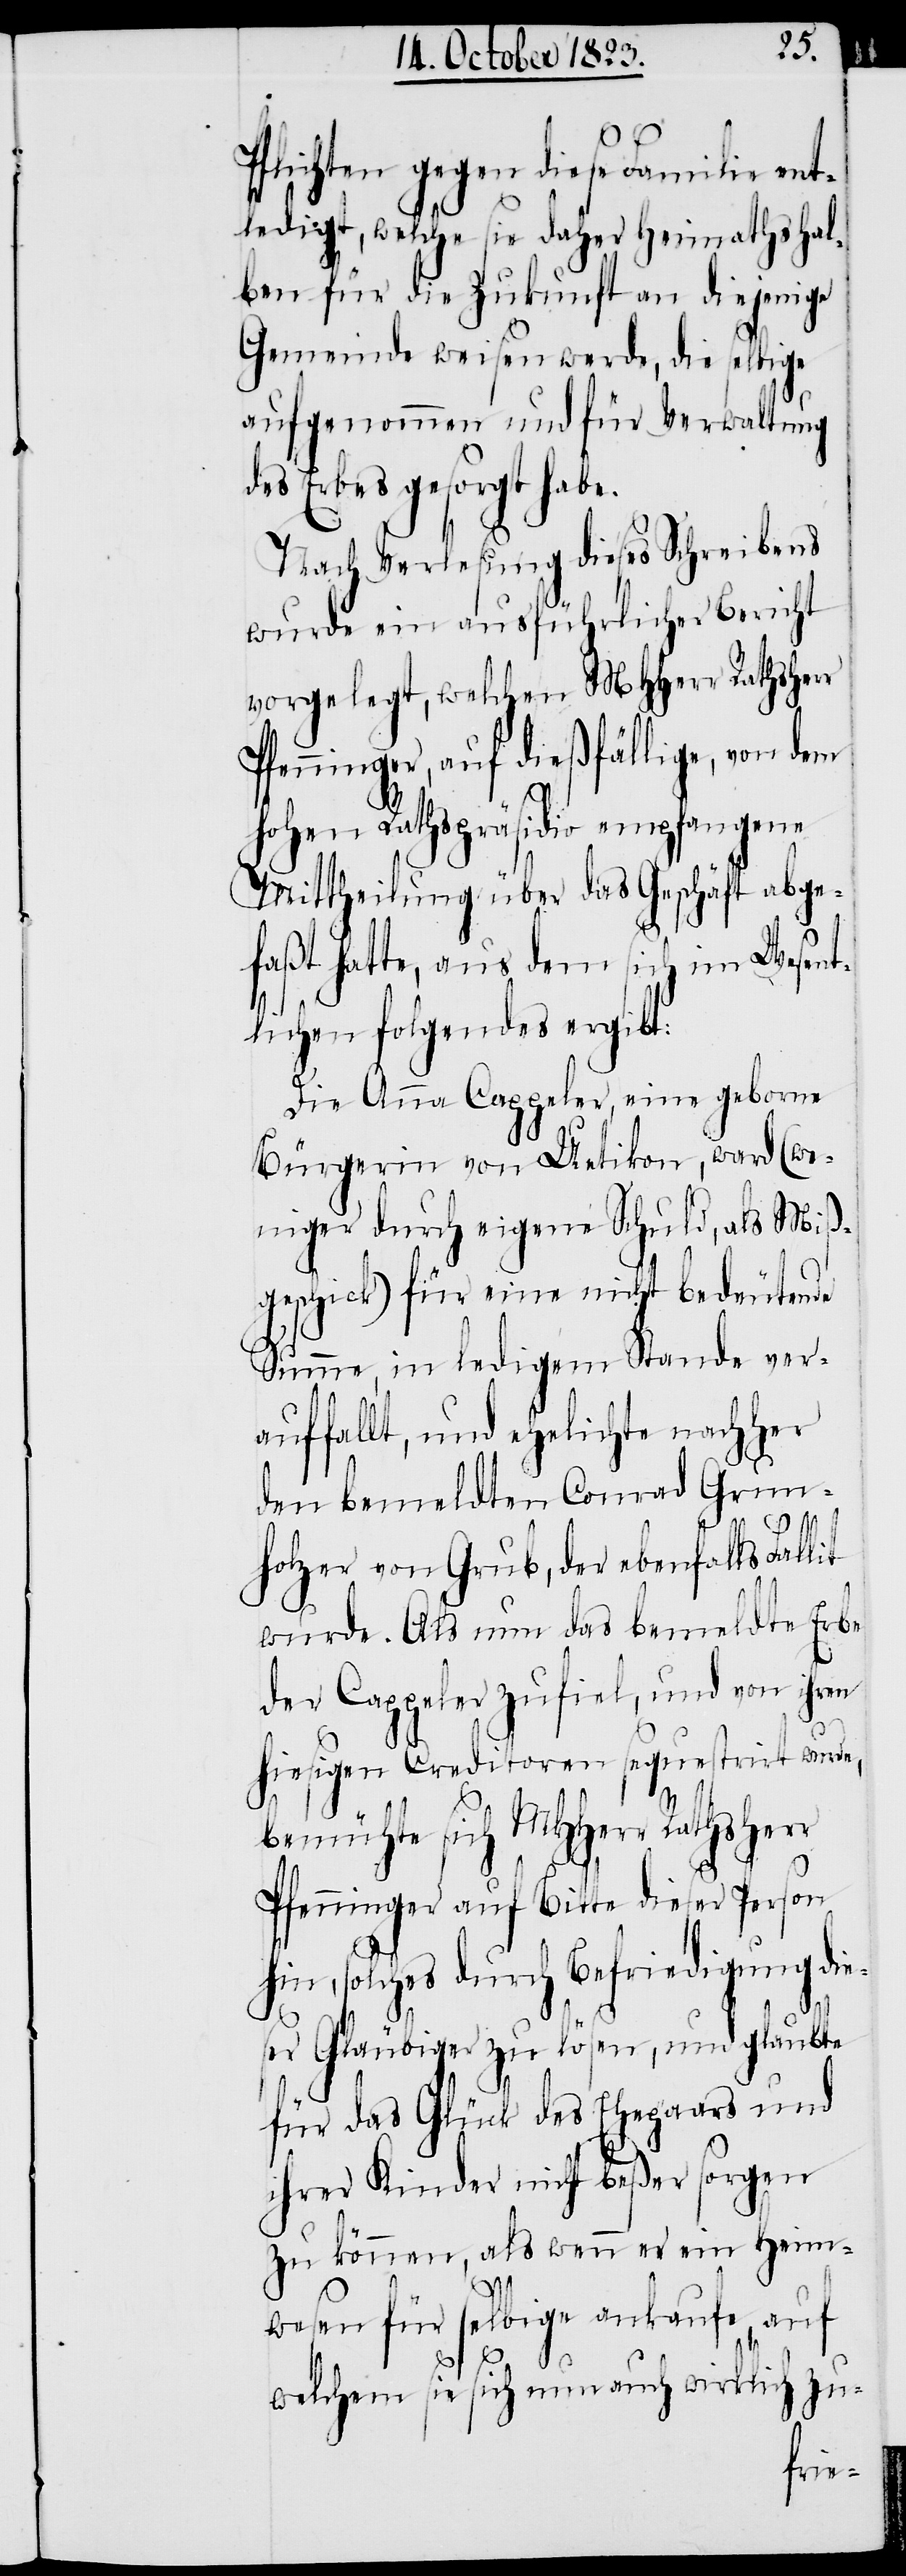
Pflichten gegen diese Familie ent¬
ledigt, welche sie daher Heimathshal¬
ben für die Zukunft an diejenige
Gemeinde weisen werde, die selbige
aufgenommen und für Verwaltung
des Erbes gesorgt habe.
Nach Verlesung dieses Schreibens
wurde ein ausführlicher Bericht
vorgelegt, welchen MHHerr Rathsher¬
Pfenninger, auf dießfällige, von dem
hohen Rathpräsidio empfangene
Mittheilung über das Geschäft abge¬
faßt hatte, aus dem sich im Wesent¬
lichen folgendes ergibt:
Die Anna Cappeler, eine geborne
Bürgerin von Uetikon, ward (we¬
niger durch eigene Schuld, als Miß¬
geschick) für eine nicht bedeutende
Summe, in ledigem Stande ver¬
auffallt, und ehelichte nachher
den bemeldten Conrad Grun¬
holzer von Grub, der ebenfalls Fallit
wurde. Als nun das bemeldte Erbe
der Cappeler zufiel, und von ihren
hiesigen Creditoren sequestrirt wurde,
bemühte sich MHHerr Rathsherr
Pfenninger auf Bitte dieser Person
hin, solches durch Befriedigung die¬
ser Gläubiger zu lösen, und glaubte
für das Glück des Ehepaars und
ihrer Kinder nicht beßer sorgen
zu können, als wenn er ein Heim¬
wesen für selbige ankaufe, auf
welchem sie sich nun auch wirklich zu-

r